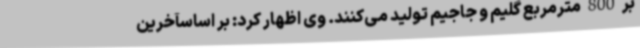
بر 800 مترمربع گلیم و جاجیم تولید می‌کنند. وی اظهار کرد: بر اساسآخرین